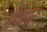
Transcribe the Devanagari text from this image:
मैंधन